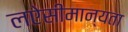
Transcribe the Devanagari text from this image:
लऐसीमान्यता